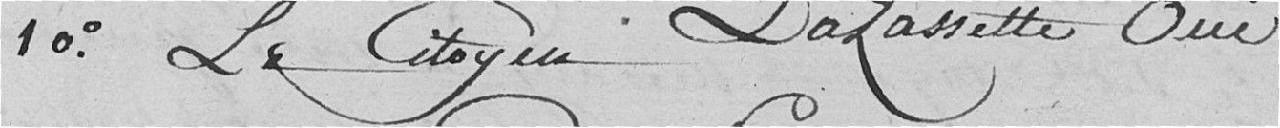
10°. Le citoyen LaPassette oui